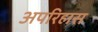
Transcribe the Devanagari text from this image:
अपरिहास